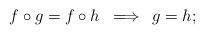
LaTeX: \begin{align*} f \circ g = f \circ h \:\implies\: g=h ; \end{align*}